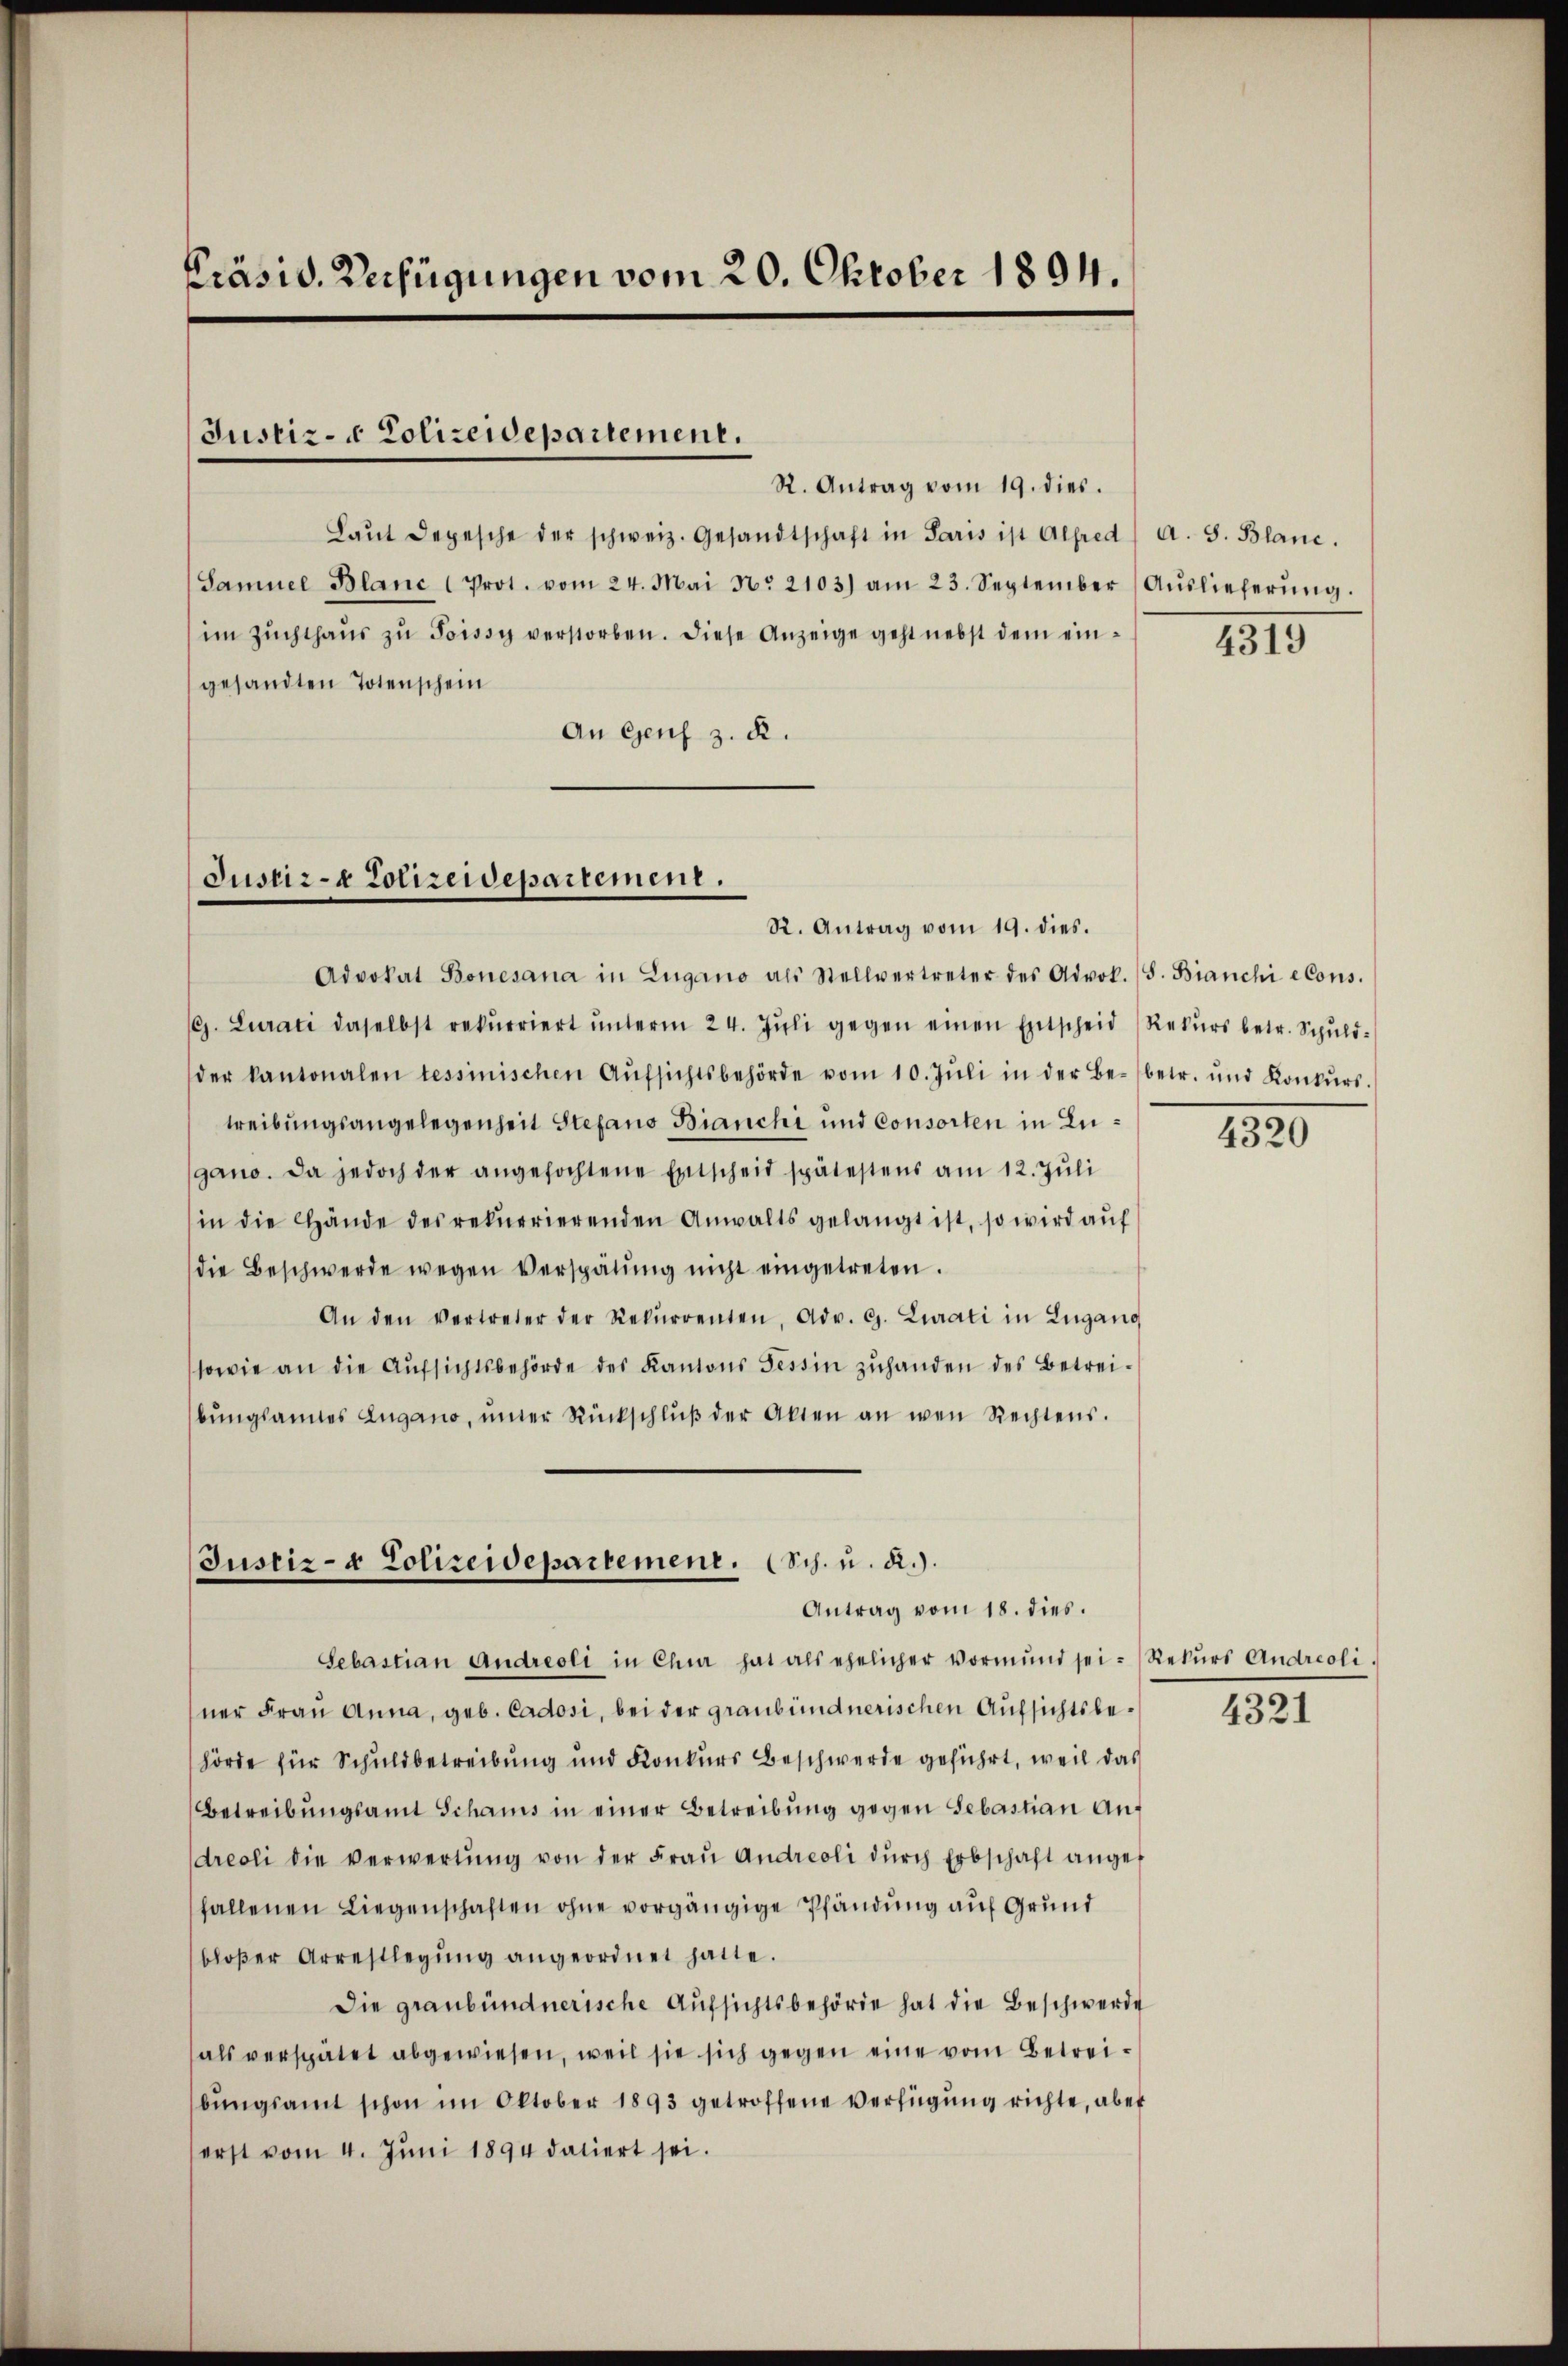
Präsid. Verfügungen vom 20. Oktober 1894.

Justiz- & Polizeidepartement.

R. Antrag vom 19. dies.
Laŭt Depesche der schweiz. Gesandtschaft in Paris ist Alfred a. S. Blanc.
Samuel Blanc (Prot. vom 24. Mai No 2103) am 23. September (Aŭslieferŭng.
im Zuchthaŭs zŭ Poissy verstorben. Diese Anzeige geht nebst dem eingesandten Totenschein
An Genf z. R.

Justiz- & Polizeidepartement.

R. Antrag vom 19. dies.
Advokat Bonesana in Zugano als Stellvertreter des Advok. (S. Bianchi eCons.
G. Curati daselbst rekurriert ŭnterm 24. Jŭli gegen einen Entscheid Rekŭrs betr. Schŭld-
der kantonalen tessinischen Aŭfsichtsbehörde vom 10. Jŭli in der Be- betr. und Konkŭrs.
treibungsangelegenheit Stefano Bianchi und Consorten in Lugano. Da jedoch der angefochtene Entscheid spätestens am 12. Juli
in die Hände des rekurrierenden Anwalts gelangt ist, so wird auf
die Beschwerde wegen Verspätung nicht eingetreten.
An den vertreter der Rekurrenten, Adv. G. Zurati in Zugano
sowie an die Aufsichtsbehörde des Kantons Tessin zuhanden des Betreibŭngsannes Lugano, unter Rückschlŭβ der Akten an wen Rechtens.

Justiz- & Polizeidepartement. (Sch. u. a.).
Antrag vom 18. dies.

Sebastian Andreoli in Chur hat als ehelicher Vormŭnd sei. (Rekŭrs Andreoli.
ner Frau Anna, geb. Cadosi, bei der graubündnerischen Aufsichtsbehörde für Schuldbetreibung und Konkurs Beschwerde geführt, weil das
Betreibŭngsamt Schams in einer Betreibŭng gegen Sebastian Andreoli die verwertŭng von der Fraŭ Andreoli dŭrch Erbschaft anger
fallenen Liegenschaften ohne vorgängige Pfändung auf Grund
bloβer Arrestlegŭng angeordnet hatte.
Die graubündnerische Aufsichtsbehörde hat die Beschwerde
als verspätet abgewiesen, weil sie sich gegen eine vom Betreibŭngsamt schon im Oktober 1893 getroffene Verfügung richte, aber
erst vom 4. Jŭni 1894 datiert sei.

4319

4320

4321